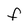
Character: F